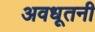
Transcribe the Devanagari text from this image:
अवधूतनी